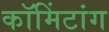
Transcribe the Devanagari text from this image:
कॉमिंटांग